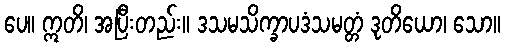
ပေ။ ဣတိ၊ အပြီးတည်း။ ဒသမသိက္ခာပဒံသမတ္တံ ဒုတိယော၊ သော။